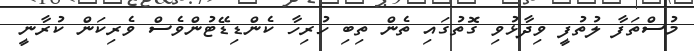
މުސްތަފާ ލުތުފީ ވިދާޅުވި ގޮތުގައި ތެން ތިބި ހުރިހާ ކެންޑިޑޭޓުންވެސް ވެރިކަން ކުރާނީ